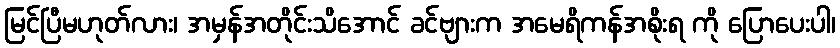
မြင်ပြီမဟုတ်လား၊ အမှန်အတိုင်းသိအောင် ခင်ဗျားက အမေရိကန်အစိုးရ ကို ပြောပေးပါ၊